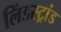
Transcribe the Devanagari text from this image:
लिंडस्ट्रांड